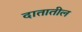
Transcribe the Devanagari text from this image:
दातातील